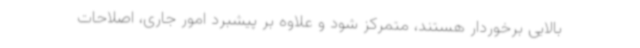
بالایی برخوردار هستند، متمرکز شود و علاوه بر پیشبرد امور جاری، اصلاحات